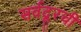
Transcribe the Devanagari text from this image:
सर्वदूरची